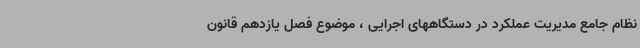
نظام جامع مدیریت عملکرد در دستگاههای اجرایی ، موضوع فصل یازدهم قانون